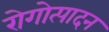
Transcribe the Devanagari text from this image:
रोगोत्पादन